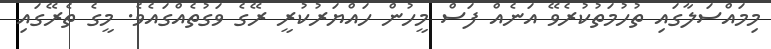
މިމައްސަލާގައި ތުހުމަތުކުރެވޭ އަނެއް ފަސް މީހުން ހައްޔަރުކުރީ ރޭގެ ވަގުތެއްގައެވެ. މީގެ ތެރޭގައި